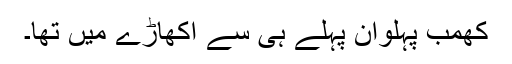
کھمب پہلوان پہلے ہی سے اکھاڑے میں تھا۔